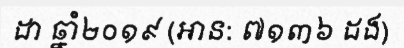
ដា ឆ្នាំ២០១៩ (អាន: ៧១៣៦ ដង)